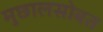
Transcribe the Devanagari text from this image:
मुछालसोबत